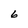
Character: 6